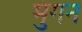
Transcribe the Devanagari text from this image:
मुंगन